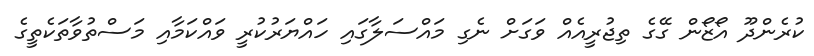
ކުރެންދޫ އޯޒޯން ގޭގެ ތިޖުރީއެއް ވަގަށް ނެގި މައްސަލާގައި ހައްޔަރުކުރީ ވައްކަމާއި މަސްތުވާތަކެތީގެ